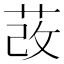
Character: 𦰦